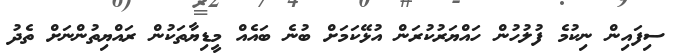
ސިފައިން ނިކުމެ ފުލުހުން ހައްޔަރުކުރަން އުޅޭކަމަށް ބުނެ ބައެއް މީޑިޔާތަކުން ރައްޔިތުންނަށް ތެދު